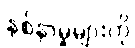
နစ်နာမှုများကို